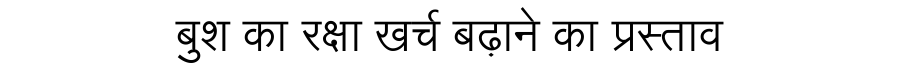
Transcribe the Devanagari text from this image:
बुश का रक्षा खर्च बढ़ाने का प्रस्ताव